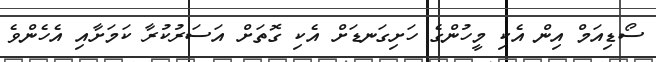
ސޯޑިއަމް އިން އެކި މީހުންގެ ހަށިގަނޑަށް އެކި ގޮތަށް އަސަރުކުރާ ކަމަށާއި އެހެންވެ